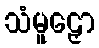
သံမူဠှော